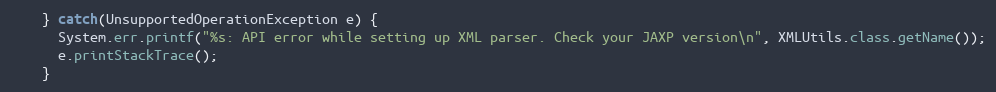
Language: Java
    } catch(UnsupportedOperationException e) {
      System.err.printf("%s: API error while setting up XML parser. Check your JAXP version\n", XMLUtils.class.getName());
      e.printStackTrace();
    }